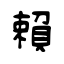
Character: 賴